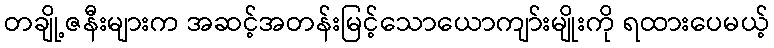
တချို့ဇနီးများက အဆင့်အတန်းမြင့်သောယောကျာ်းမျိုးကို ရထားပေမယ့်